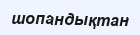
шопандықтан